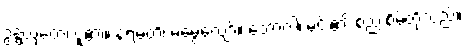
ဥဍ္ဍယှတေ၊ ပူ၏။ နရမတိ၊ မမွေ့လျော်။ ဘောဂါ၊ မင်း၏ စည်းစိမ်တို့သည်။